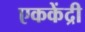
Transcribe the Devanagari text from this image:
एककेंद्री